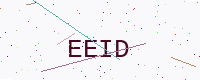
Text: EEID